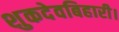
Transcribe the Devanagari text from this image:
शुकदेवबिहारी।